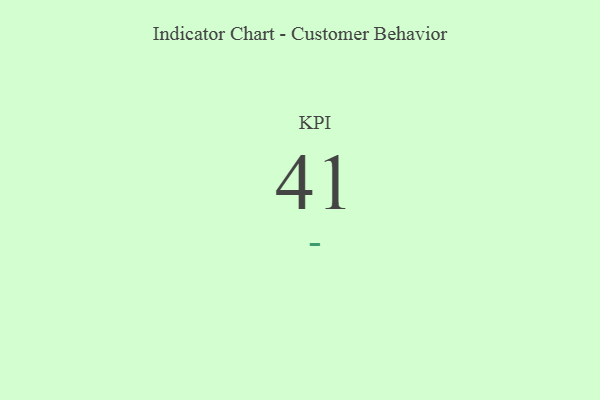
{"axis": {"x": "KPI", "y": "Value"}, "legend": [""], "data": [{"x": "KPI", "y": 41, "type": ""}]}